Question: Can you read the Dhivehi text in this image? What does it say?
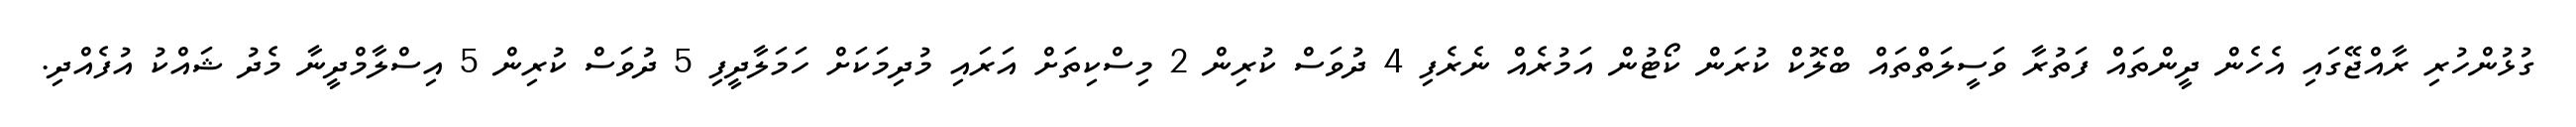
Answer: ގުޅުންހުރި ރާއްޖޭގައި އެހެން ދީންތައް ފަތުރާ ވަސީލަތްތައް ބްލޮކް ކުރަން ކޯޓުން އަމުރެއް ނެރެފި 4 ދުވަސް ކުރިން 2 މިސްކިތަށް އަރައި މުދިމަކަށް ހަމަލާދީފި 5 ދުވަސް ކުރިން 5 އިސްލާމްދީނާ މެދު ޝައްކު އުފެއްދި.